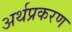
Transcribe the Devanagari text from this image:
अर्थप्रकरण